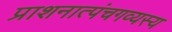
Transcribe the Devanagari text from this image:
प्राशनात्पंचगव्यस्य